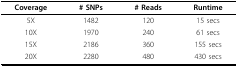
<table><thead><tr><td><b>Coverage</b></td><td><b># SNPs</b></td><td><b># Reads</b></td><td><b>Runtime</b></td></tr></thead><tbody><tr><td>5X</td><td>1482</td><td>120</td><td>15 secs</td></tr><tr><td>10X</td><td>1970</td><td>240</td><td>61 secs</td></tr><tr><td>15X</td><td>2186</td><td>360</td><td>155 secs</td></tr><tr><td>20X</td><td>2280</td><td>480</td><td>430 secs</td></tr></tbody></table>